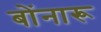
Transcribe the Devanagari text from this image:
बोंनारू